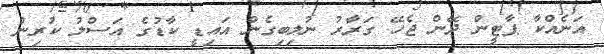
އަނެއްކާ ޕާޓީން ދޭން ޖެހޭ ގަރާރު ނުލިބިގެން އައިޑީ ކާޑުގެ އަސްލު ކުރިން